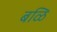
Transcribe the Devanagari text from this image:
बळि